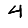
Digit: 4